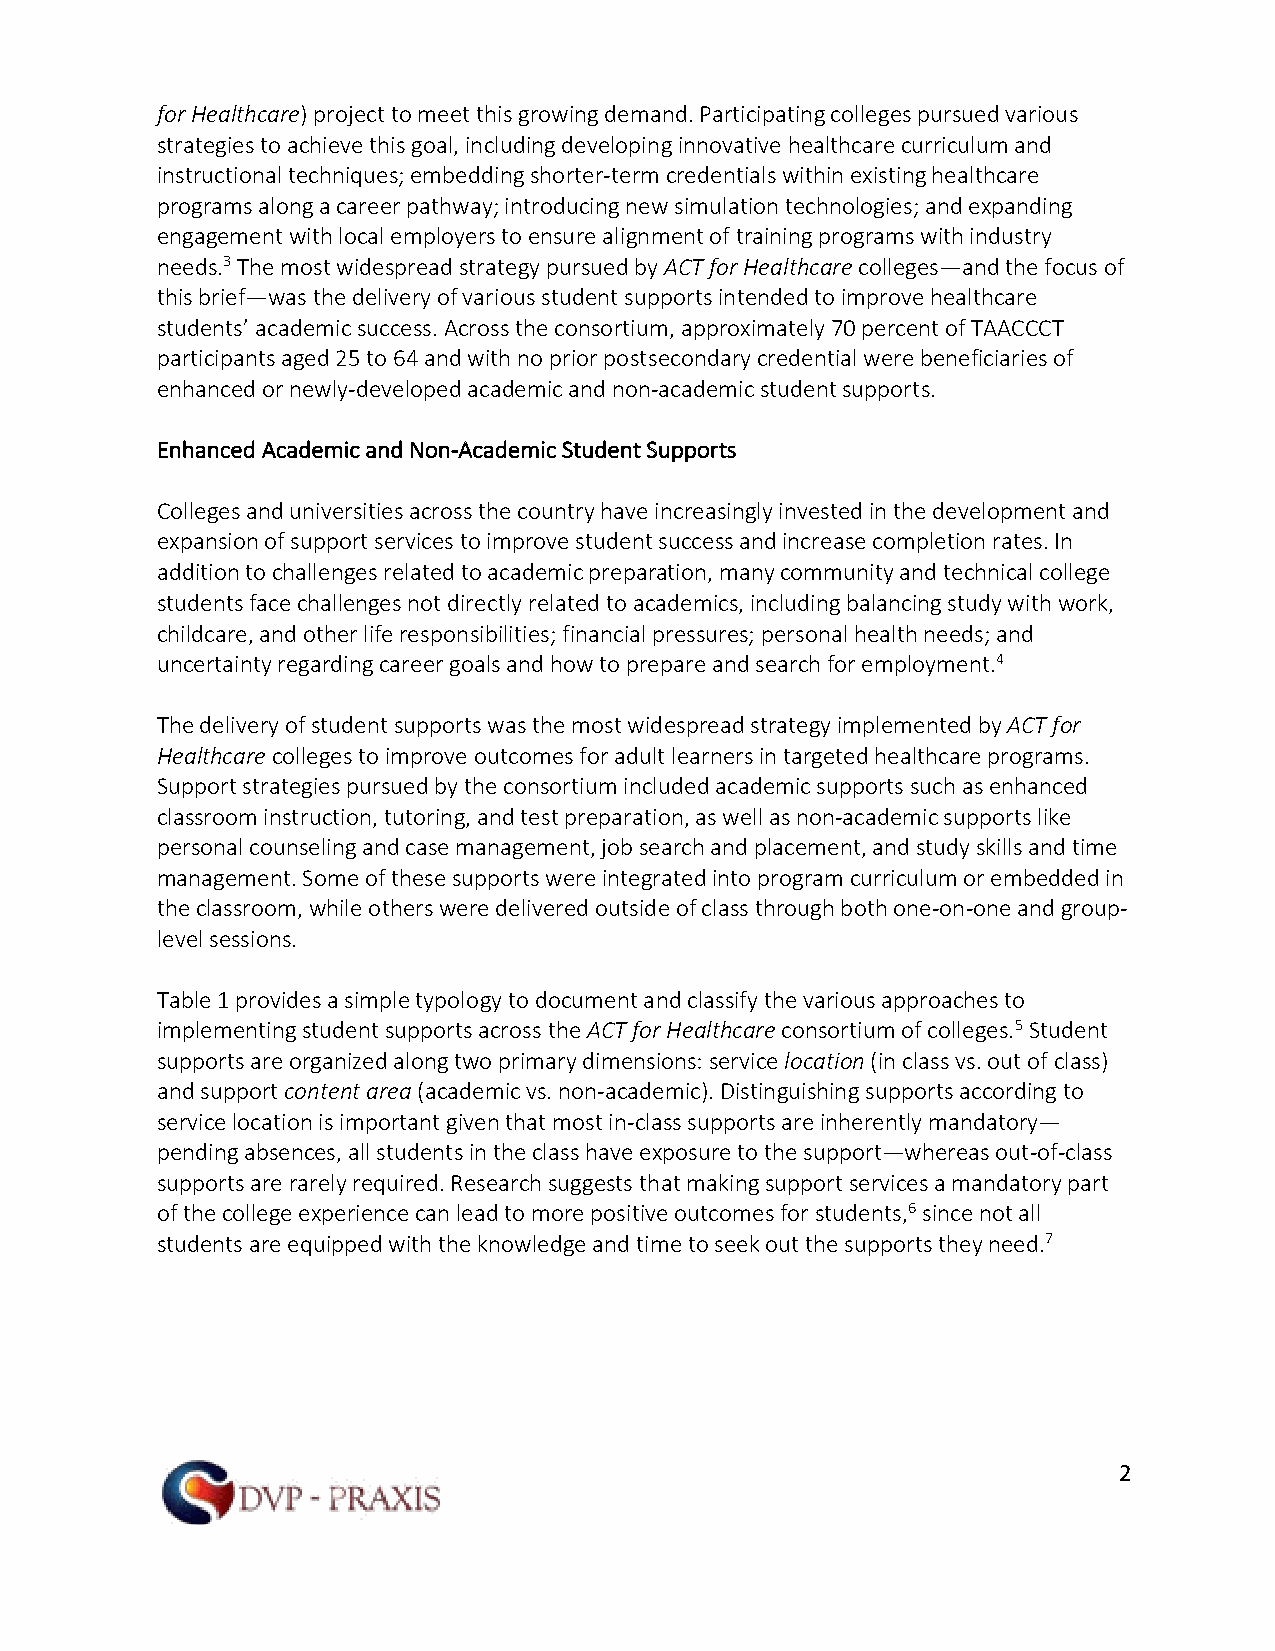
for Healthcare) project to meet this growing demand. Participating colleges pursued various
 strategies to achieve this goal, including developing innovative healthcare curriculum and
 instructional techniques; embedding shorter-term credentials within existing healthcare
 programs along a career pathway; introducing new simulation technologies; and expanding
 engagement with local employers to ensure alignment of training programs with industry
 needs.3 The most widespread strategy pursued by ACT for Healthcare colleges—and the focus of
 this brief—was the delivery of various student supports intended to improve healthcare
 students’ academic success. Across the consortium, approximately 70 percent of TAACCCT
 participants aged 25 to 64 and with no prior postsecondary credential were beneficiaries of
 enhanced or newly-developed academic and non-academic student supports.
 Enhanced Academic and Non-Academic Student Supports
 Colleges and universities across the country have increasingly invested in the development and
 expansion of support services to improve student success and increase completion rates. In
 addition to challenges related to academic preparation, many community and technical college
 students face challenges not directly related to academics, including balancing study with work,
 childcare, and other life responsibilities; financial pressures; personal health needs; and
 uncertainty regarding career goals and how to prepare and search for employment.4
 The delivery of student supports was the most widespread strategy implemented by ACT for
 Healthcare colleges to improve outcomes for adult learners in targeted healthcare programs.
 Support strategies pursued by the consortium included academic supports such as enhanced
 classroom instruction, tutoring, and test preparation, as well as non-academic supports like
 personal counseling and case management, job search and placement, and study skills and time
 management. Some of these supports were integrated into program curriculum or embedded in
 the classroom, while others were delivered outside of class through both one-on-one and group-
 level sessions.
 Table 1 provides a simple typology to document and classify the various approaches to
 implementing student supports across the ACT for Healthcare consortium of colleges.5 Student
 supports are organized along two primary dimensions: service location (in class vs. out of class)
 and support content area (academic vs. non-academic). Distinguishing supports according to
 service location is important given that most in-class supports are inherently mandatory—
 pending absences, all students in the class have exposure to the support—whereas out-of-class
 supports are rarely required. Research suggests that making support services a mandatory part
 of the college experience can lead to more positive outcomes for students,6 since not all
 students are equipped with the knowledge and time to seek out the supports they need.7
 2